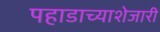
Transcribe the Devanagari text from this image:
पहाडाच्याशेजारी